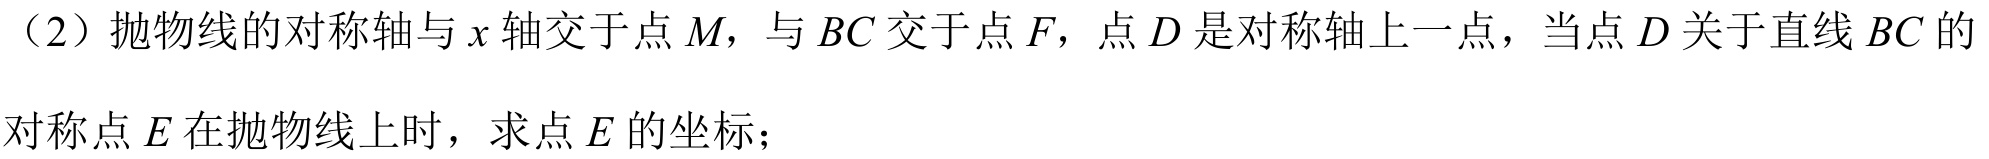
（2）抛物线的对称轴与\(x\)轴交于点\(M\)，与\(BC\)交于点\(F\)，点\(D\)是对称轴上一点，当点\(D\)关于直线\(BC\)的对称点\(E\)在抛物线上时，求点\(E\)的坐标；